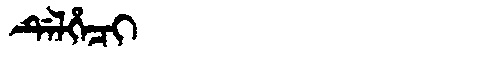
Manchu: ᡩᡝᠯᡥᡝᠴᡳ
Romanization: DELHECI